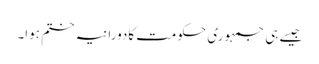
جیسے ہی جمہوری حکومت کادورانیہ ختم ہوا۔